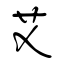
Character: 艾